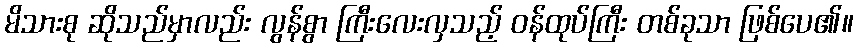
မိသားစု ဆိုသည်မှာလည်း လွန်စွာ ကြီးလေးလှသည့် ဝန်ထုပ်ကြီး တစ်ခုသာ ဖြစ်ပေ၏။